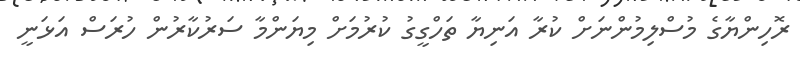
ރޮހިންޔާގެ މުސްލިމުންނަށް ކުރާ އަނިޔާ ތަހްގީގު ކުރުމަށް މިޔަންމާ ސަރުކާރުން ހުރަސް އަޅަނީ